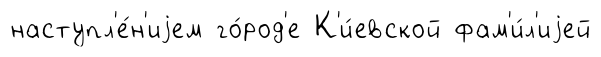
наступл'е́н'иjем го́род'е К'и́евской фам'и́л'иjей